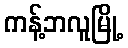
ကန့်ဘလူမြို့